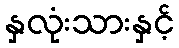
နှလုံးသားနှင့်